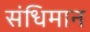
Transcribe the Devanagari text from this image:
संधिमान